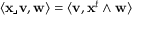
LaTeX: \langle \mathbf { x } \lrcorner \mathbf { v } , \mathbf { w } \rangle = \langle \mathbf { v } , \mathbf { x } ^ { t } \wedge \mathbf { w } \rangle